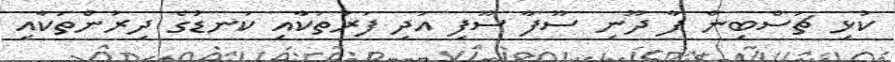
ކުޅި ޗަސްބިން ފާ ދޫނި ސޫފާ ސޫފި އަދި ފަރުތަކާއި ކަނޑުގެ ދިރުންތަކާއި